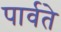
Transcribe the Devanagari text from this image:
पार्वते